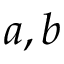
a , b